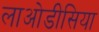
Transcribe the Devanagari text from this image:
लाओडीसिया